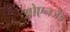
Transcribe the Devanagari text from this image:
ओएनजेड